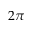
2 \pi